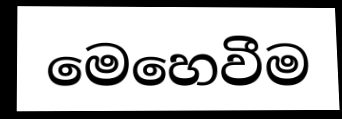
මෙහෙවීම